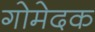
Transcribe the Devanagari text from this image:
गोमेदक